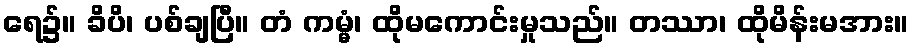
ရေ၌။ ခိပိ၊ ပစ်ချပြီ။ တံ ကမ္မံ၊ ထိုမကောင်းမှုသည်။ တဿာ၊ ထိုမိန်းမအား။